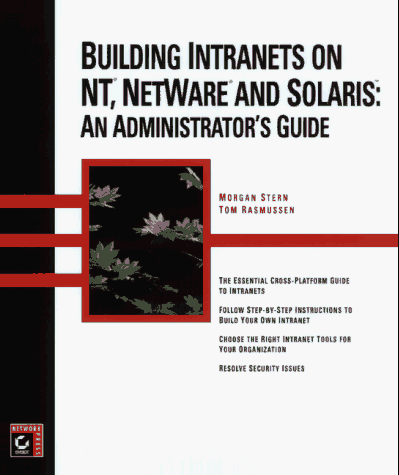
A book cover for Building Intranets on Nt, Netware, Solaris: An Administrator's Guide; Morgan Stern; Computers & Technology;